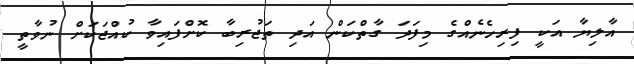
އާލިޔާ އަކީ ފިރިހެނެއްގެ މިފަދަ ގާތްކަން އަދި ތަޖުރިބާ ކޮށްފައިވާ ކުއްޖަކަށް ނުވާތީ